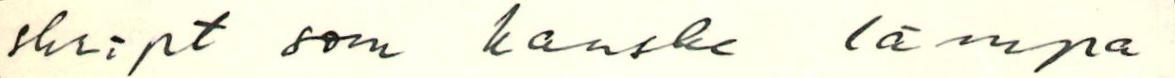
skript som kanske lämpa